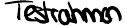
Testrahmen